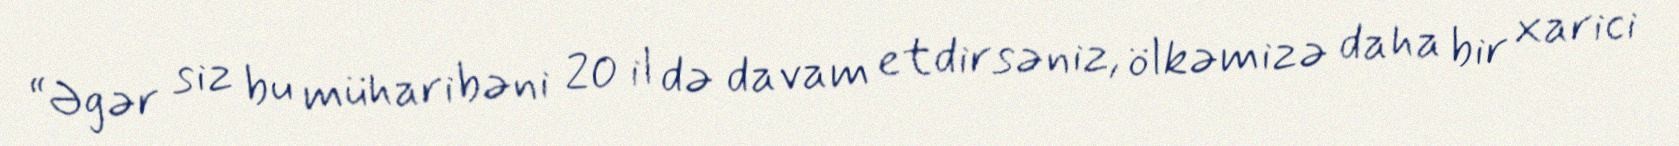
“Əgər siz bu müharibəni 20 il də davam etdirsəniz, ölkəmizə daha bir xarici